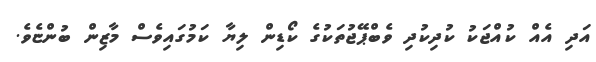
އަދި އެއް ކުއްޖަކު ކުދިކުދި ވެބްޕޭޖުތަކުގެ ކޯޑިން ލިޔާ ކަމުގައިވެސް މާޒިން ބުންޏެވެ.